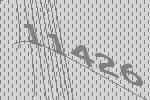
11426